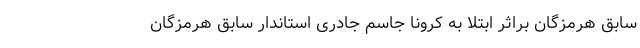
سابق هرمزگان براثر ابتلا به کرونا جاسم جادری استاندار سابق هرمزگان